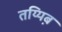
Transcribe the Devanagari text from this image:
तय्यिब़